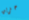
حزين